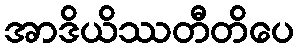
အာဒိယိဿတီတိပေ